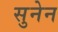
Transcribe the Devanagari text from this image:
सुनेन